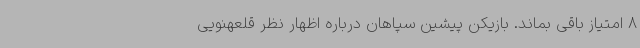
8 امتیاز باقی بماند. بازیکن پیشین سپاهان درباره اظهار نظر قلعهنویی